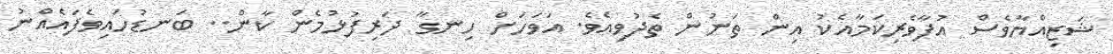
ޝަޒިއްޔާވެސް އުފާވެރިކަމާއެކު އިން ތަނުން ތެދުވިއެވެ. އަވަހަށް ހިނގާ ދަރިފުޅުމެން ކާން.. ބަނޑުހައިވެފައެއްނު